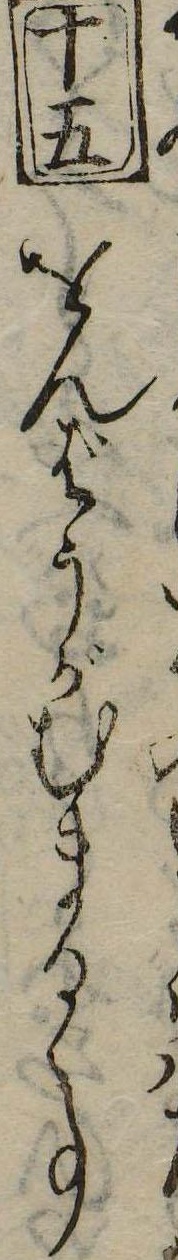
十五をんばうがむまるゝ事